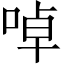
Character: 啅